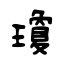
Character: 瓊